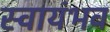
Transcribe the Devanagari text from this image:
स्वायंभव